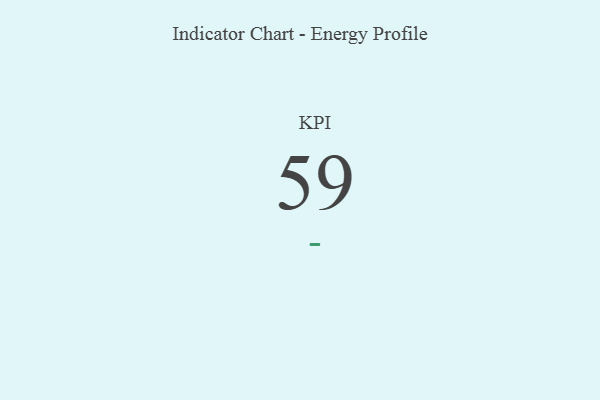
{"axis": {"x": "KPI", "y": "Value"}, "legend": [""], "data": [{"x": "KPI", "y": 59, "type": ""}]}